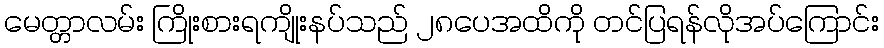
မေတ္တာလမ်း ကြိုးစားရကျိုးနပ်သည် ၂၈ပေအထိကို တင်ပြရန်လိုအပ်ကြောင်း